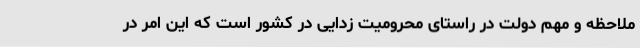
ملاحظه و مهم دولت در راستای محرومیت زدایی در کشور است که این امر در